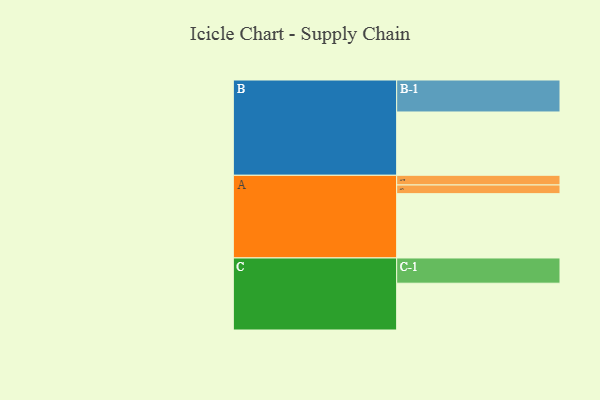
{"axis": {"x": "Segment", "y": "Value"}, "legend": ["", "A", "B", "C"], "data": [{"x": "A", "y": 525, "type": ""}, {"x": "B", "y": 517, "type": ""}, {"x": "C", "y": 382, "type": ""}, {"x": "A-1", "y": 71, "type": "A"}, {"x": "A-2", "y": 79, "type": "A"}, {"x": "B-1", "y": 261, "type": "B"}, {"x": "C-1", "y": 206, "type": "C"}]}